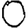
Digit: 0